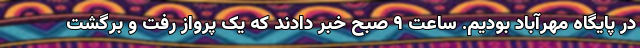
در پایگاه مهرآباد بودیم. ساعت ۹ صبح خبر دادند که یک پرواز رفت و برگشت